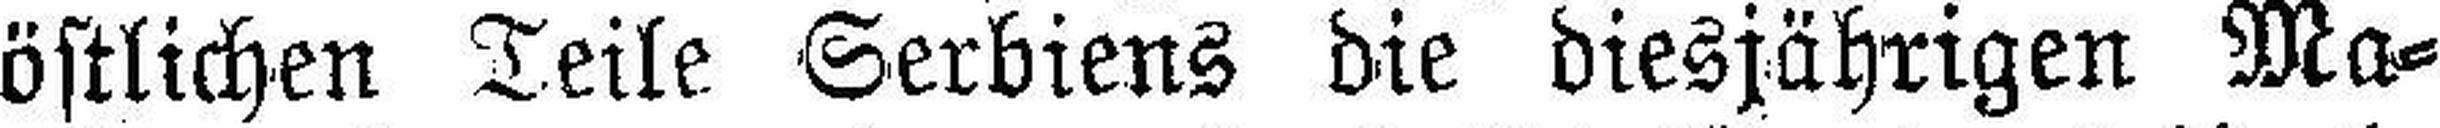
östlichen Teile Serbiens die diesjährigen Ma¬